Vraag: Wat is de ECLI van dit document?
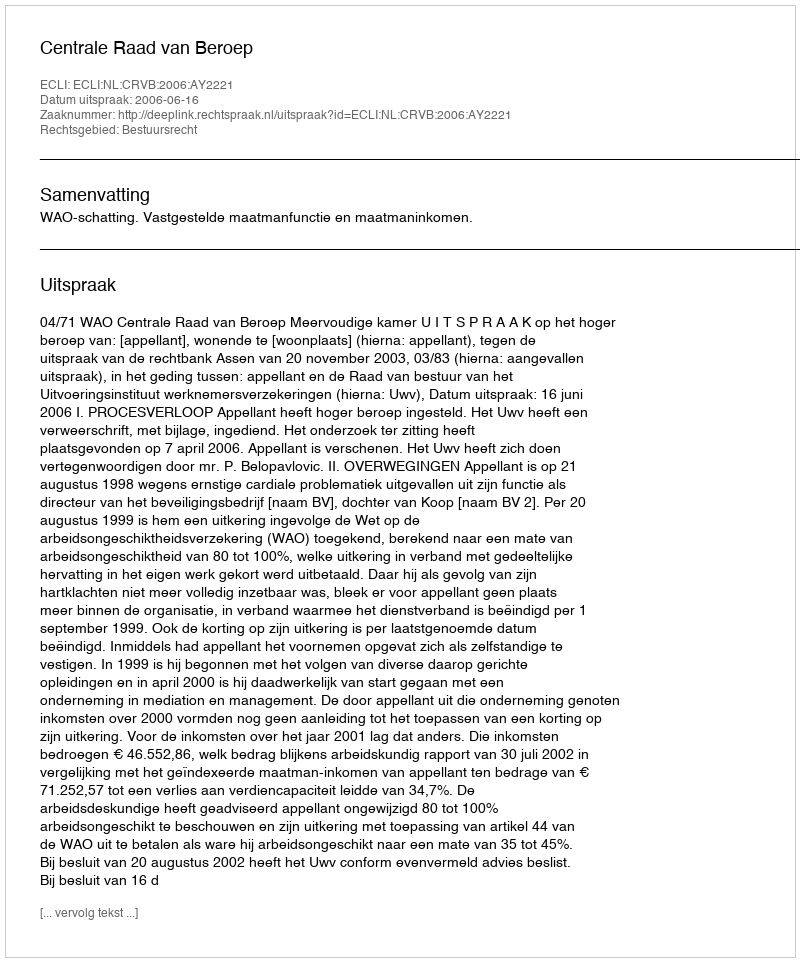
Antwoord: ECLI:NL:CRVB:2006:AY2221